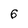
Character: 6